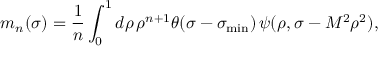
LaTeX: m _ { n } ( \sigma ) = \frac { 1 } { n } \int _ { 0 } ^ { 1 } d \rho \, \rho ^ { n + 1 } \theta ( \sigma - \sigma _ { \operatorname * { m i n } } ) \, \psi ( \rho , \sigma - M ^ { 2 } \rho ^ { 2 } ) ,